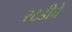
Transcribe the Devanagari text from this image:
स्टडीचे